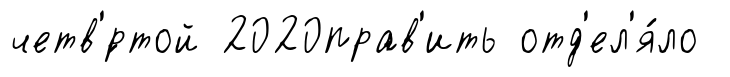
четв'́ртой 2020прав'ить отд'ел'я́ло